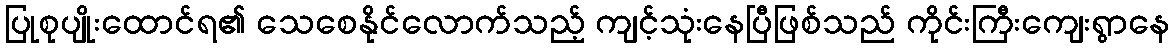
ပြုစုပျိုးထောင်ရ၏ သေစေနိုင်လောက်သည့် ကျင့်သုံးနေပြီဖြစ်သည် ကိုင်းကြီးကျေးရွာနေ